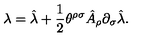
\lambda = \hat { \lambda } + \frac { 1 } { 2 } \theta ^ { \rho \sigma } \hat { A } _ { \rho } \partial _ { \sigma } \hat { \lambda } .